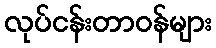
လုပ်ငန်းတာဝန်များ